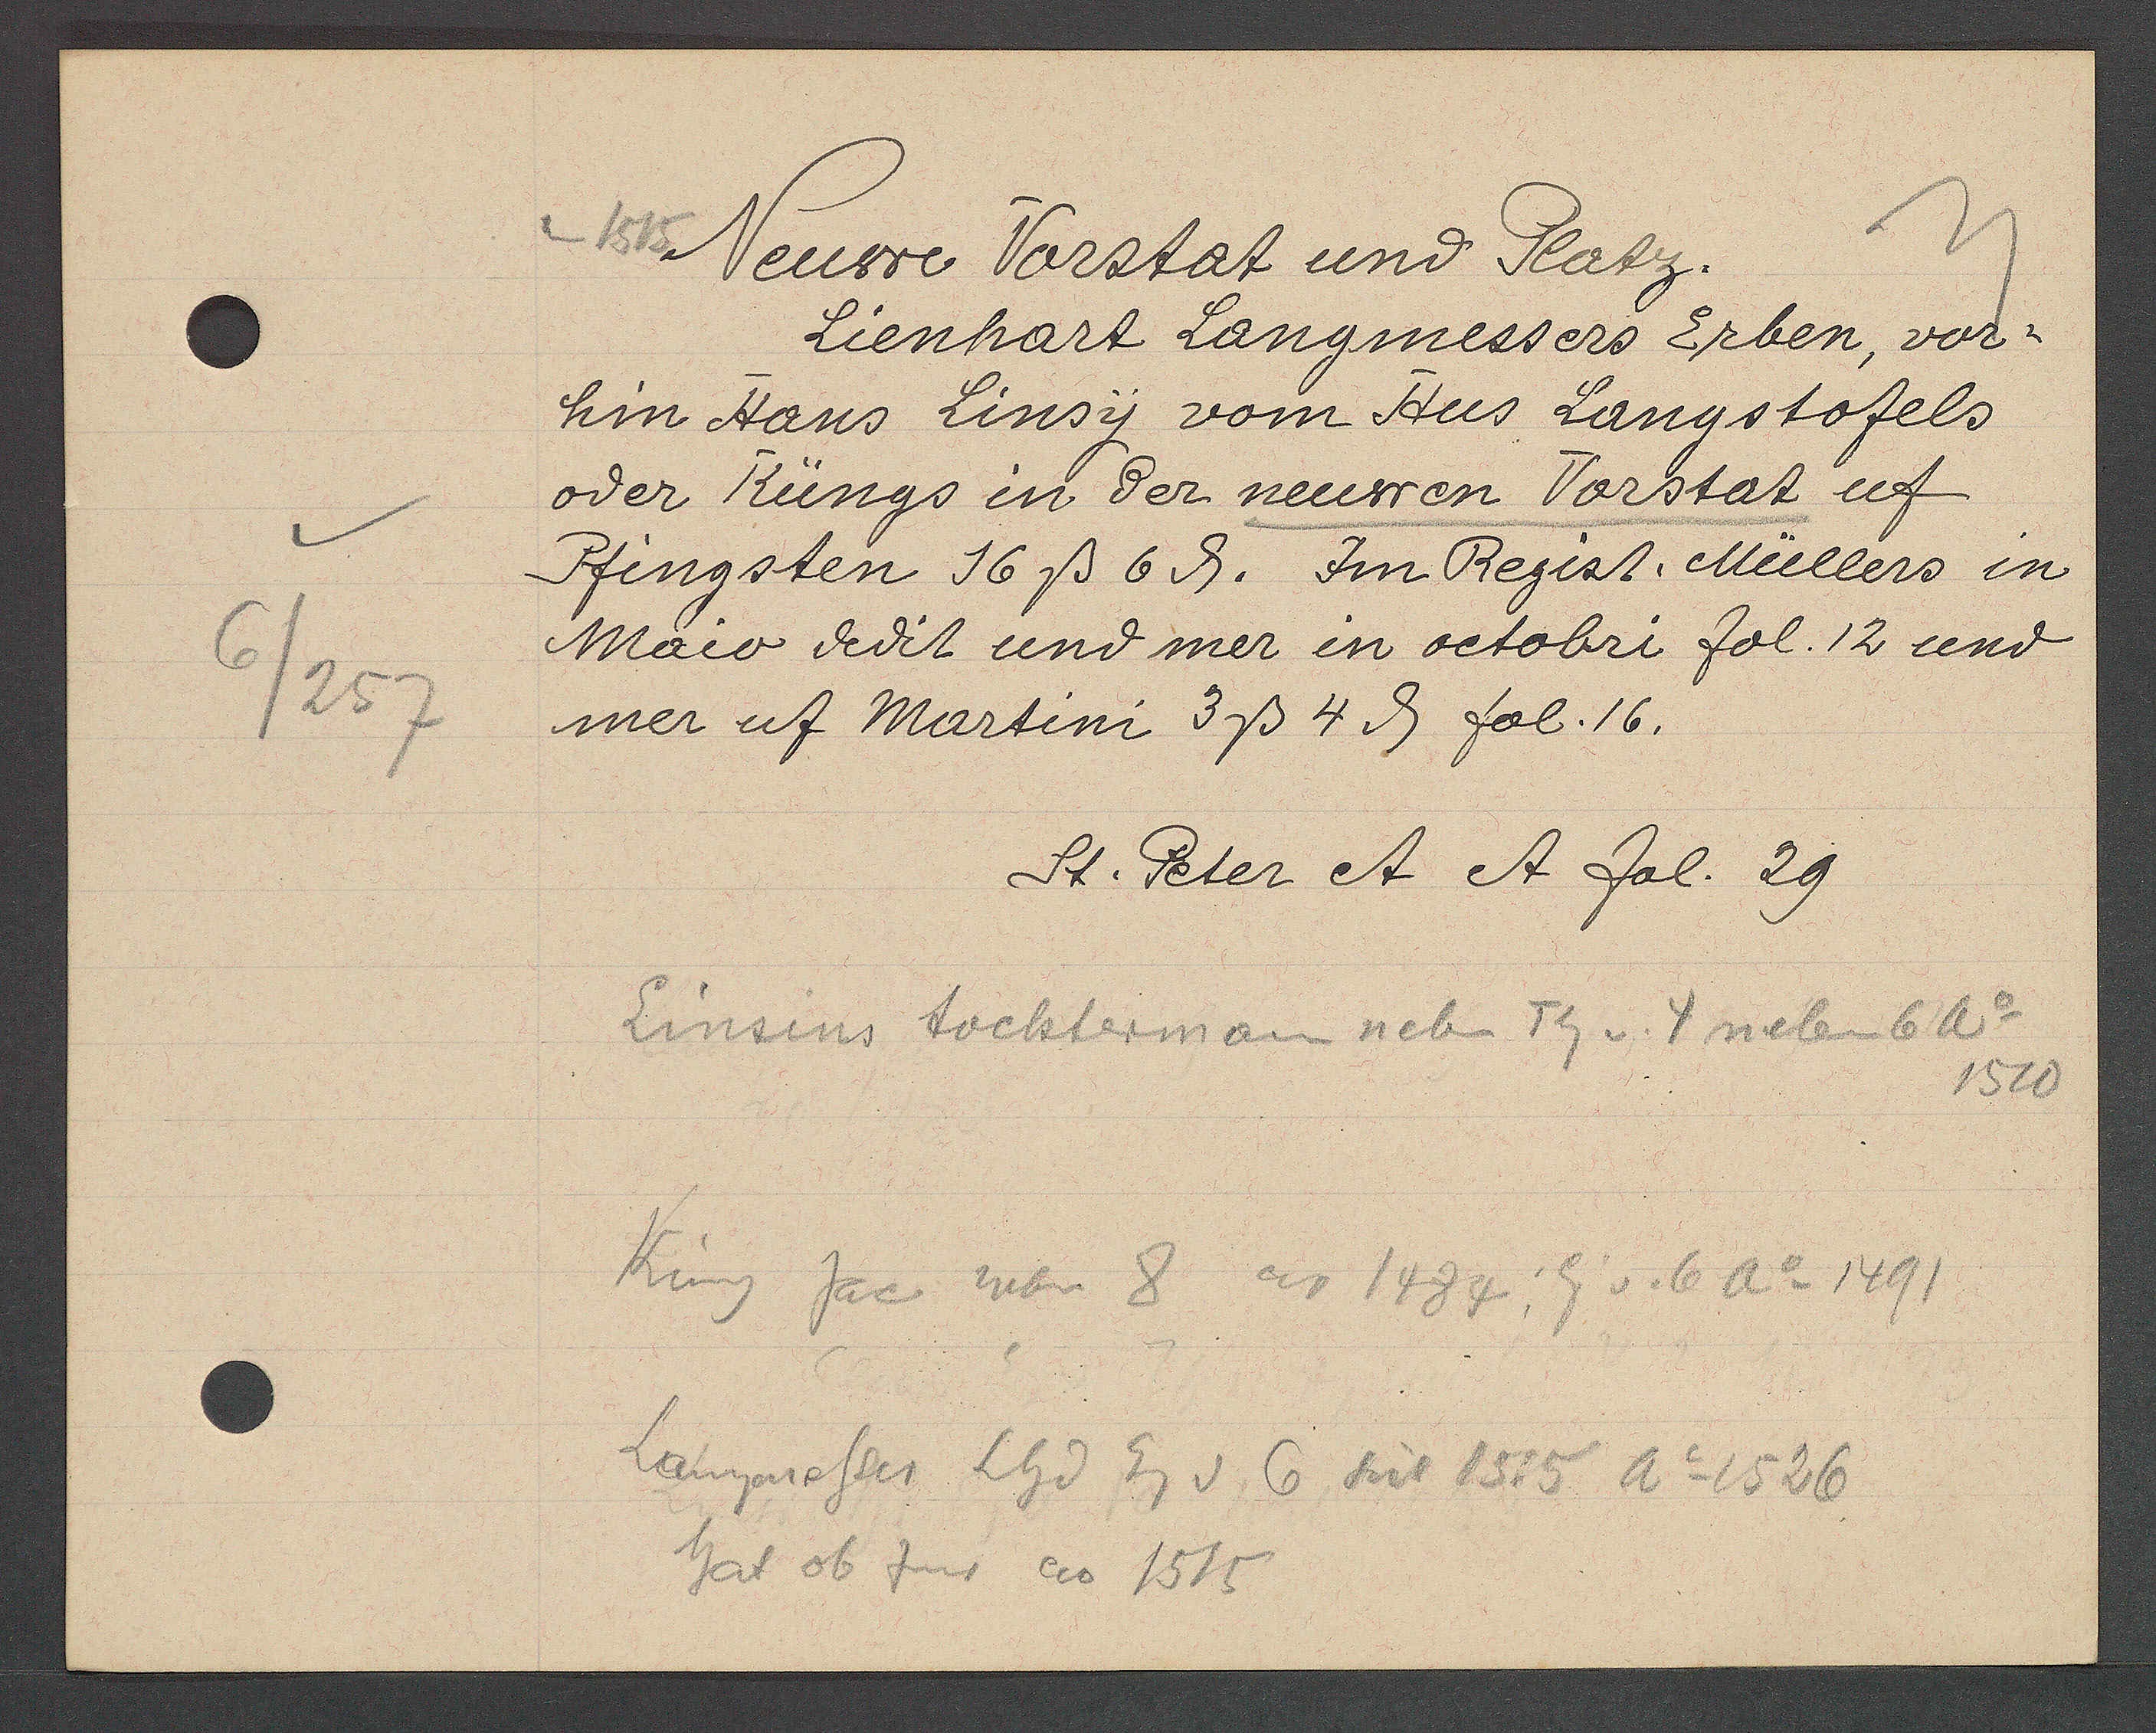
Transcript:
6/257

1515 Neuwe Vorstat und Platz.
Lienhart Langmessers Erben, vor¬
hin Hans Linsy vom Hus Langstofels
oer Rüngs in der neuwen Vorstat uf
Pfingsten 16 ß 6 ȡ. In Regist. Müllers in
Maio dedit und mer in octobri fol. 12 und
mer uf Martini 3 ß 4 ȡ fol. 16.

St. Peter et et fol. 29

Einsins tochterman neben Th v. 4 neben 6 ao
1510
King Jac neben 8 ao 1484: Eig v. 6 Ao 1491
Langmesser Lhd Eg v 6 seit 1515 Ao 1526
hat ob Zins ao 1515